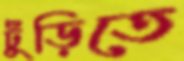
ঢুঁড়িতে